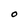
Character: O